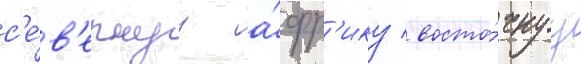
с'е́в'ернуу а́фр'ику / восто́чнуу